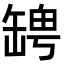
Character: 𦉀